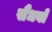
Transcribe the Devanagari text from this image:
सैंधवों